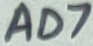
Text: AD7